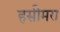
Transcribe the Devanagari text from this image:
हसीमरा